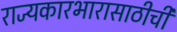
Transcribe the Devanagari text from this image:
राज्यकारभारासाठीची